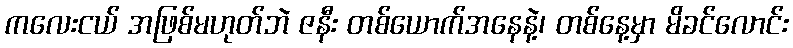
ကလေးငယ် အဖြစ်မဟုတ်ဘဲ ဇနီး တစ်ယောက်အနေနဲ့၊ တစ်နေ့မှာ မိခင်လောင်း